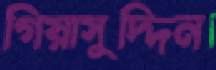
গিয়াসুদ্দিন